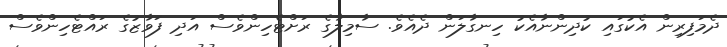
ދެމަފިރިން އެކުގައި ކުދިންނާއެކު ހިނގާލަން ދެއެވެ. ސާމިލާގެ ރަށްޓެހިންވެސް އަދި ފަވާޒުގެ ރައްޓެހިންވެސް